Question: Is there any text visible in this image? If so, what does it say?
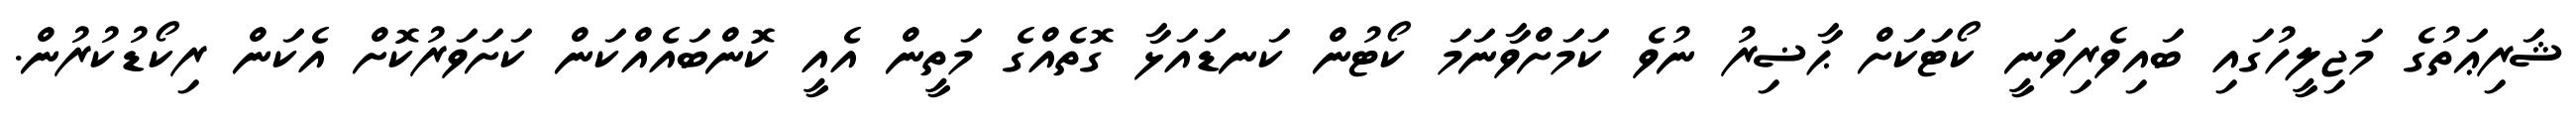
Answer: ޝަރިޢަތުގެ މަޖިލީހުގައި ބައިވެރިވަނީ ކޯޓަކަށް ޙާޟިރު ނުވެ ކަމަށްވާނަމަ ކޯޓުން ކަނޑައަޅާ ގޮތެއްގެ މަތީން އެއީ ކޮންބައެއްކަން ކަށަވަރުކޮށް އެކަން ރިކޯޑުކުރުން.